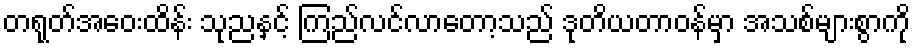
တရုတ်အဝေးထိန်း သုညနှင့် ကြည်လင်လာတော့သည် ဒုတိယတာဝန်မှာ အသစ်များစွာကို